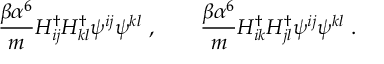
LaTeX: \frac { \beta \alpha ^ { 6 } } { m } H _ { i j } ^ { \dagger } H _ { k l } ^ { \dagger } \psi ^ { i j } \psi ^ { k l } \ , \qquad \frac { \beta \alpha ^ { 6 } } { m } H _ { i k } ^ { \dagger } H _ { j l } ^ { \dagger } \psi ^ { i j } \psi ^ { k l } \ .